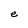
Character: e